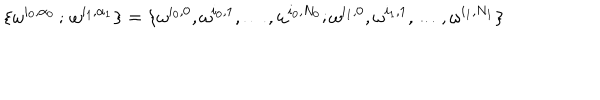
LaTeX: \{ \omega ^ { i _ { 0 } , \alpha _ { 0 } } \, ; \, \omega ^ { i _ { 1 } , \alpha _ { 1 } } \} = \{ \omega ^ { i _ { 0 } , 0 } , \omega ^ { i _ { 0 } , 1 } , \ldots , \omega ^ { i _ { 0 } , N _ { 0 } } ; \omega ^ { i _ { 1 } , 0 } , \omega ^ { i _ { 1 } , 1 } , \ldots , \omega ^ { i _ { 1 } , N _ { 1 } } \}